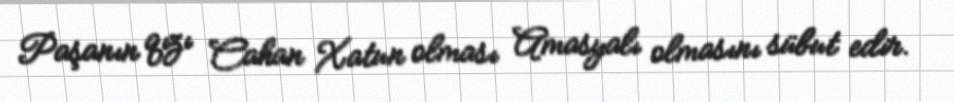
Paşanın qızı Cahan Xatun olması Amasyalı olmasını sübut edir.